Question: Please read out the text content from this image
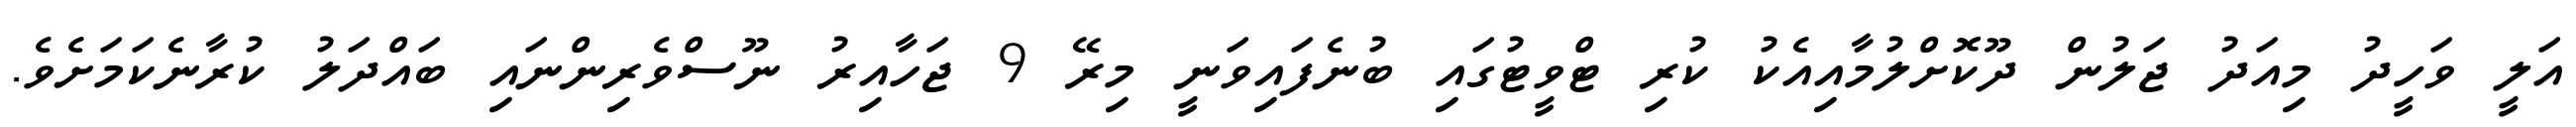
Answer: އަލީ ވަހީދު މިއަދު ޖަލުން ދޫކޮށްލުމާއިއެކު ކުރި ޓްވީޓުގައި ބުނެފައިވަނީ މިރޭ 9 ޖަހާއިރު ނޫސްވެރިންނައި ބައްދަލު ކުރާނެކަމަށެވެ.